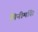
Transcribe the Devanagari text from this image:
मिनीमसि